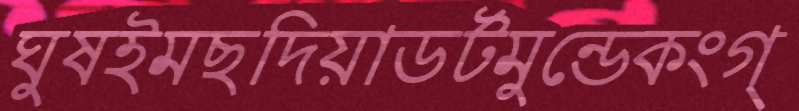
ঘুষইমছদিয়াডর্টমুন্ডেকংগ্